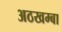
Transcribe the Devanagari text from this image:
अठखम्बा